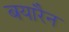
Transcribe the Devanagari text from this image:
बयारैन